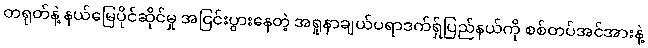
တရုတ်နဲ့ နယ်မြေပိုင်ဆိုင်မှု အငြင်းပွားနေတဲ့ အရူနာချယ်ပရာဒက်ရှ်ပြည်နယ်ကို စစ်တပ်အင်အားနဲ့